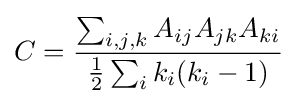
C={\frac {\sum _{i,j,k}A_{ij}A_{jk}A_{ki}}{{\frac {1}{2}}\sum _{i}k_{i}(k_{i}-1)}}